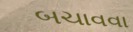
બચાવવા